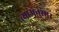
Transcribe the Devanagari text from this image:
त्याअनुसार